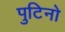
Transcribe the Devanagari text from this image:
पुटिनो